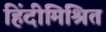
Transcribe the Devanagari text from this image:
हिंदीमिश्रित